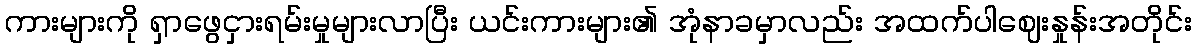
ကားများကို ရှာဖွေငှားရမ်းမှုများလာပြီး ယင်းကားများ၏ အုံနာခမှာလည်း အထက်ပါဈေးနှုန်းအတိုင်း